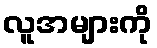
လူအများကို